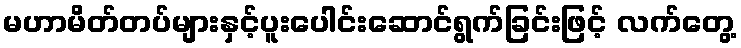
မဟာမိတ်တပ်များနှင့်ပူးပေါင်းဆောင်ရွက်ခြင်းဖြင့် လက်တွေ့